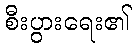
စီးပွားရေး၏